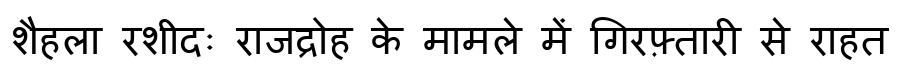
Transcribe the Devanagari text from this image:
शैहला रशीदः राजद्रोह के मामले में गिरफ़्तारी से राहत